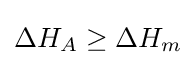
\Delta H_{A}\geq \Delta H_{m}